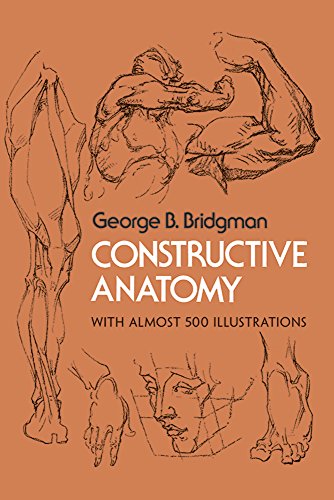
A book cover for Constructive Anatomy (Dover Anatomy for Artists); George B. Bridgman; Arts & Photography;